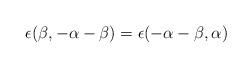
LaTeX: \begin{align*}\epsilon (\beta,-\alpha -\beta ) = \epsilon (-\alpha -\beta, \alpha )\end{align*}